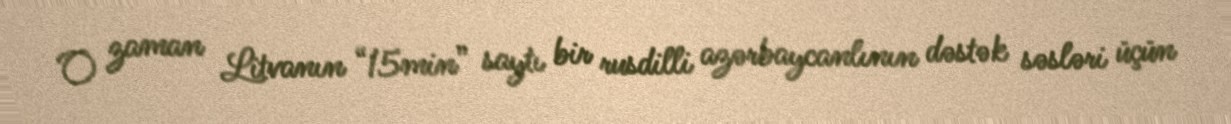
O zaman Litvanın “15min” saytı bir rusdilli azərbaycanlının dəstək səsləri üçün